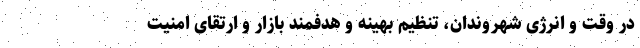
در وقت و انرژی شهروندان، تنظیم بهینه و هدفمند بازار و ارتقای امنیت